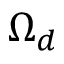
\Omega _ { d }